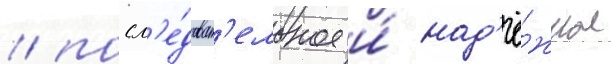
/ посл'е́доват'ельное и́ над'ё́жное